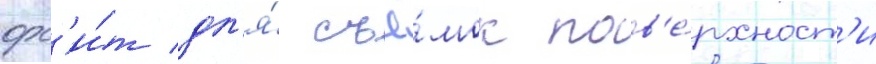
орб'и́т дл'я́ съё́мок пов'е́рхност'и